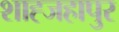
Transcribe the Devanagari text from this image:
शाह्जहापुर